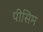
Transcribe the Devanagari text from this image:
पीसिम